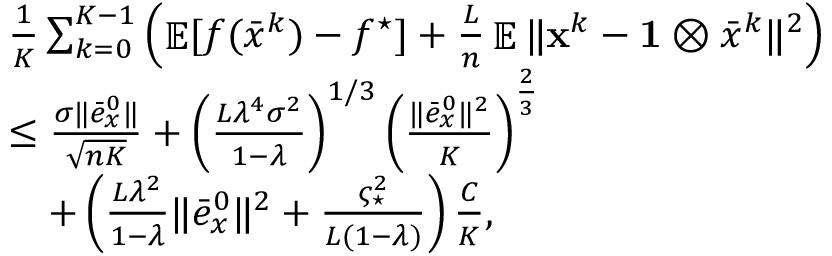
\begin{array} { r l } & { \frac { 1 } { K } \sum _ { k = 0 } ^ { K - 1 } \left( \mathop { \mathbb { E } } [ f ( \bar { x } ^ { k } ) - f ^ { \star } ] + \frac { L } { n } \mathop { \mathbb { E } } \| { \mathbf { x } } ^ { k } - \mathbf { 1 } \otimes \bar { x } ^ { k } \| ^ { 2 } \right) } \\ & { \leq \frac { \sigma \| \bar { e } _ { x } ^ { 0 } \| } { \sqrt { n K } } + \left( \frac { L \lambda ^ { 4 } \sigma ^ { 2 } } { 1 - \lambda } \right) ^ { 1 / 3 } \left( \frac { \| \bar { e } _ { x } ^ { 0 } \| ^ { 2 } } { K } \right) ^ { \frac { 2 } { 3 } } } \\ & { \quad + \left( \frac { L \lambda ^ { 2 } } { 1 - \lambda } \| \bar { e } _ { x } ^ { 0 } \| ^ { 2 } + \frac { \varsigma _ { \star } ^ { 2 } } { L ( 1 - \lambda ) } \right) \frac { C } { K } , } \end{array}